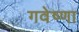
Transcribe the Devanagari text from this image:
गवेष्णा